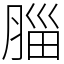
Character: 䐉